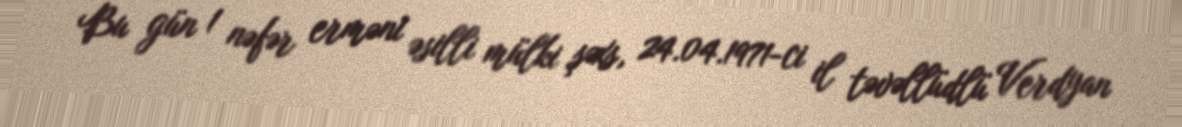
Bu gün 1 nəfər erməni əsilli mülki şəxs, 24.04.1971-ci il təvəllüdlü Verdyan